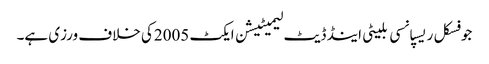
جو فسکل ریسپانسی بلیٹی اینڈ ڈیٹ لیمیٹیشن ایکٹ 2005کی خلاف ورزی ہے۔